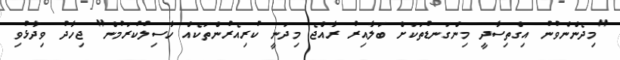
"މިދެންނެވުނު އިގްތިސާދީ މިންގަނޑުތަކަށް ބަލާއިރު ރާއްޖެ މިދަނީ ކުރިއެރުންތަކެއް ހާސިލުކުރަމުން" ޖިހާދު ވިދާޅުވި